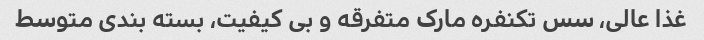
غذا عالی، سس تکنفره مارک متفرقه و بی کیفیت، بسته بندی متوسط